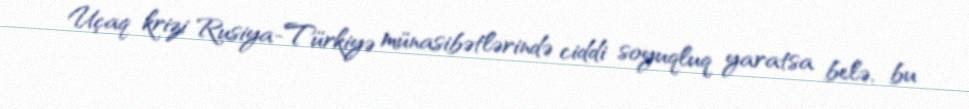
Uçaq krizi Rusiya-Türkiyə münasibətlərində ciddi soyuqluq yaratsa belə, bu